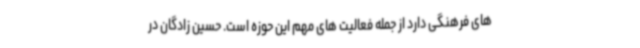
های فرهنگی دارد از جمله فعالیت های مهم این حوزه است. حسین زادگان در